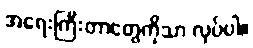
အရေးကြီးတာတွေကိုသာ လုပ်ပါ။